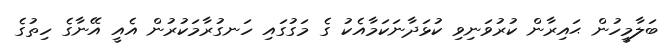
ބަލާމީހުން ޙައިރާން ކުރުވަނިވި ކުޅަދާނަކަމާއެކު ގެ މަގުގައި ހަނގުރާމަކުރުން އެއީ އޭނާގެ ހިތުގެ